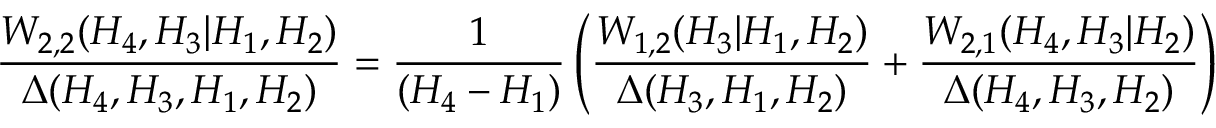
{ \frac { W _ { 2 , 2 } ( H _ { 4 } , H _ { 3 } | H _ { 1 } , H _ { 2 } ) } { \Delta ( H _ { 4 } , H _ { 3 } , H _ { 1 } , H _ { 2 } ) } } = { \frac { 1 } { ( H _ { 4 } - H _ { 1 } ) } } \left( { \frac { W _ { 1 , 2 } ( H _ { 3 } | H _ { 1 } , H _ { 2 } ) } { \Delta ( H _ { 3 } , H _ { 1 } , H _ { 2 } ) } } + { \frac { W _ { 2 , 1 } ( H _ { 4 } , H _ { 3 } | H _ { 2 } ) } { \Delta ( H _ { 4 } , H _ { 3 } , H _ { 2 } ) } } \right)